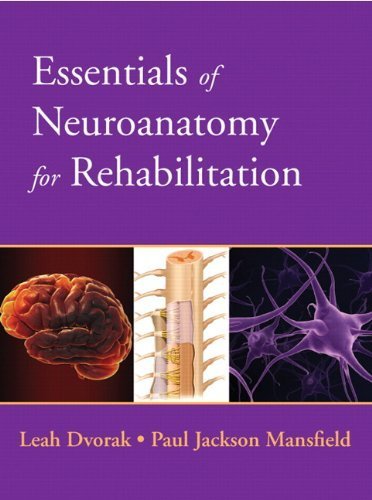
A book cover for Essentials of Neuroanatomy for Rehabilitation by Dvorak, Leah Published by Prentice Hall 1st (first) edition (2012) Paperback; Medical Books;